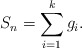
\begin{align*}S_n = \sum_{i=1}^k g_i.\end{align*}